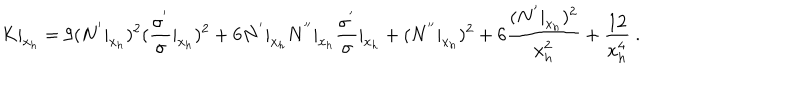
LaTeX: K | _ { x _ { h } } = 9 ( N ^ { ' } | _ { x _ { h } } ) ^ { 2 } ( \frac { \sigma ^ { ' } } { \sigma } | _ { x _ { h } } ) ^ { 2 } + 6 N ^ { ' } | _ { x _ { h } } N ^ { ' ^ { \prime } } | _ { x _ { h } } \frac { \sigma ^ { ' } } { \sigma } | _ { x _ { h } } + ( N ^ { ' ^ { \prime } } | _ { x _ { h } } ) ^ { 2 } + 6 \frac { ( N ^ { ' } | _ { x _ { h } } ) ^ { 2 } } { x _ { h } ^ { 2 } } + \frac { 1 2 } { x _ { h } ^ { 4 } } \ .